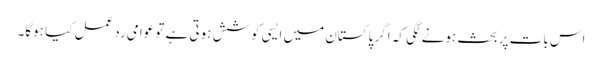
اس بات پر بحث ہونے لگی کہ اگر پاکستان میں ایسی کوشش ہوتی ہے تو عوامی ردعمل کیا ہوگا۔